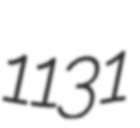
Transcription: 1131